Assam Mental Hospital (Tezpur, India) - 1933-1948
Year: 1933
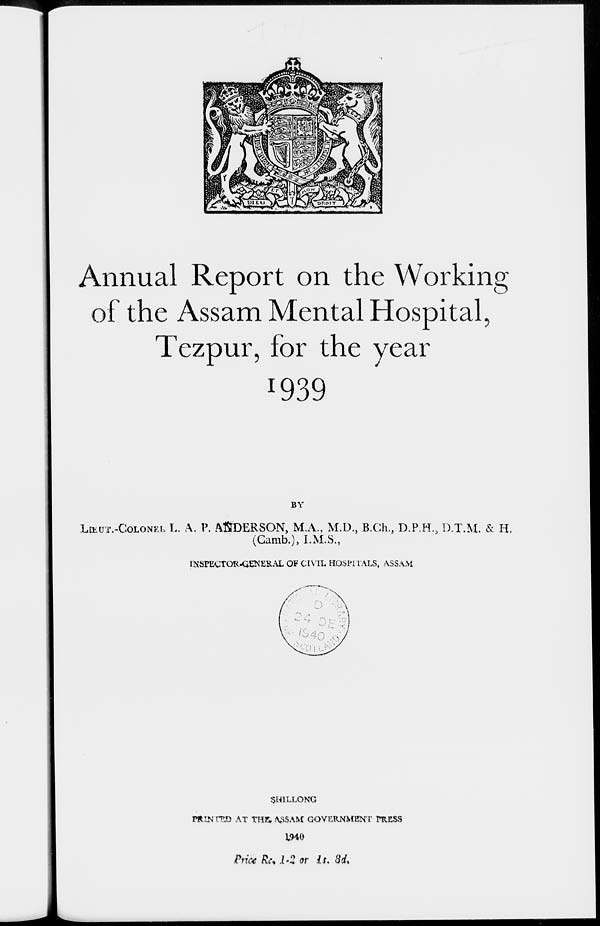
Annual Report on the Working
of the Assam Mental Hospital,
Tezpur, for the year
1939
BY
LIEUT.-COLONEL L. A. P. ANDERSON, M.A., M.D., B.Ch., D.P.H., D.T.M. & H.
(Camb.), I.M.S.,
INSPECTOR-GENERAL OF CIVIL HOSPITALS, ASSAM
SHILLONG
PRINTED AT THE ASSAM GOVERNMENT PRESS
1940
Price Re. 1-2 or 1s. 8d.